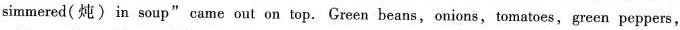
simmered( 炖)in soup" came out on top. Green beans, onions,tomatoes, green peppers,